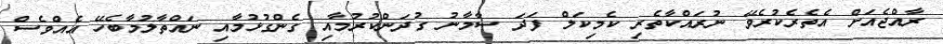
ރާއްޖެއަށް އެތެރެކުރެވޭ ނުރައްކާތެރި ކެމިކަލް ފަދަ ސާމާނު ގުދަންކުރުމާއި ގެންގުޅުމާއި ނައްތާލުމާބެހޭ އެއްވެސް